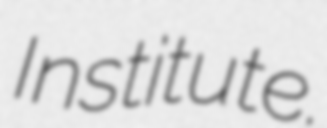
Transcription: Institute.